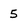
Character: 5